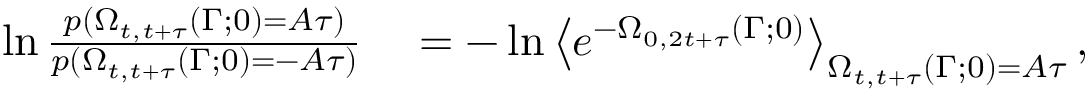
\begin{array} { r l } { \ln \frac { p ( \Omega _ { t , t + \tau } ( \Gamma ; 0 ) = A \tau ) } { p ( \Omega _ { t , t + \tau } ( \Gamma ; 0 ) = - A \tau ) } } & { { } = - \ln \left< e ^ { - \Omega _ { 0 , 2 t + \tau } ( \Gamma ; 0 ) } \right> _ { \Omega _ { t , t + \tau } ( \Gamma ; 0 ) = A \tau } , } \end{array}